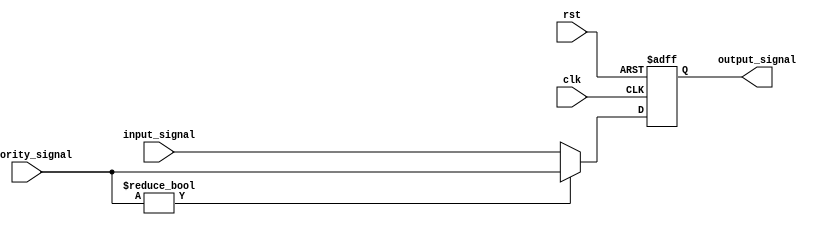
module Priority_Bypass_Register (
    input wire clk, // Clock signal
    input wire rst, // Reset signal
    input wire[7:0] priority_signal, // Priority signal
    input wire[7:0] input_signal, // Input signal
    output reg[7:0] output_signal // Output signal
);

reg[7:0] bypassed_signal; // Output signal with bypassed priority signals

always @ (posedge clk or posedge rst) begin
    if (rst) begin
        output_signal <= 8'b00000000; // Reset output signal
    end else begin
        if (priority_signal != 8'b00000000) begin // Check for priority signals
            output_signal <= priority_signal; // Process priority signals
        end else begin
            output_signal <= input_signal; // Process input signal
        end
    end
end

endmodule